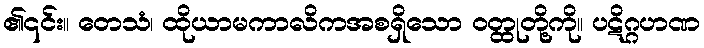
၏၎င်း။ တေသံ၊ ထိုယာမကာလိကအစရှိသော ဝတ္ထုတို့ကို။ ပဋိဂ္ဂဟဏ